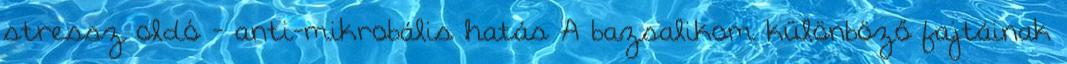
stressz oldó - anti-mikrobális hatás A bazsalikom különböző fajtáinak